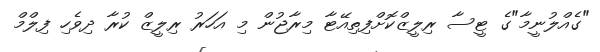
"ގެއްލުނީމާ"ގެ ޓީސާ ރިލީޒްކޮށްފިތިއޭޓާ މިރާޖުން މި އަހަރު ރިލީޒް ކުރާ ދިވެހި ފިލްމް